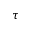
\tau